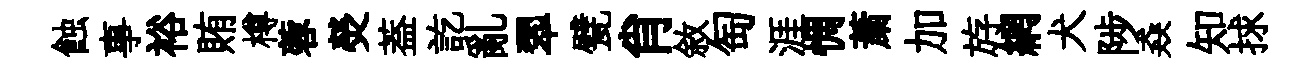
蝕事裕賄樽蓉熒葢訖亂翆甓肖敘匋涯惆䔥加斿網犬陟猋知捄